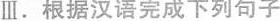
Ⅲ.根据汉语完成下列句子